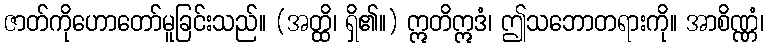
ဇာတ်ကိုဟောတော်မူခြင်းသည်။ (အတ္ထိ၊ ရှိ၏။) ဣတိဣဒံ၊ ဤသဘောတရားကို။ အာစိဏ္ဏံ၊